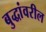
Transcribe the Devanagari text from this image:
बुद्धांवरील